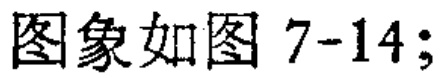
图象如图 7-14;